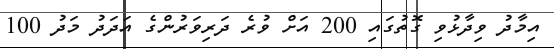
އިމާދު ވިދާޅުވި ގޮތުގައި 200 އަށް ވުރެ ދަރިވަރުންގެ އަދަދު މަދު 100